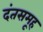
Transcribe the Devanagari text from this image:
दंतसमूह